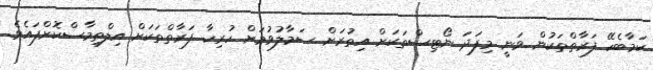
ކަމާބެހޭ ފަރާތްތަކުން ވަނީ މިފަދަ ނޯޓިސްތަކަށް އިތުރަށް ސަމާލުވުމަށް ހުރިހާ ފަރާތްތަކަށް އިލްތިމާސްކޮށްފައެވެ.